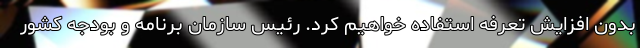
بدون افزایش تعرفه استفاده خواهیم کرد. رئیس سازمان برنامه و بودجه کشور